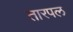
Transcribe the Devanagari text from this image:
तारपल